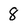
Character: 8